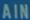
AIN